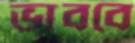
ভাববে